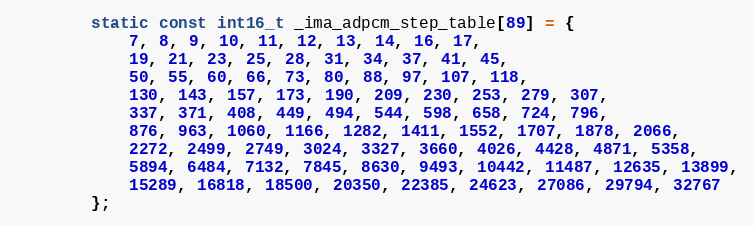
Language: C
		static const int16_t _ima_adpcm_step_table[89] = {
			7, 8, 9, 10, 11, 12, 13, 14, 16, 17,
			19, 21, 23, 25, 28, 31, 34, 37, 41, 45,
			50, 55, 60, 66, 73, 80, 88, 97, 107, 118,
			130, 143, 157, 173, 190, 209, 230, 253, 279, 307,
			337, 371, 408, 449, 494, 544, 598, 658, 724, 796,
			876, 963, 1060, 1166, 1282, 1411, 1552, 1707, 1878, 2066,
			2272, 2499, 2749, 3024, 3327, 3660, 4026, 4428, 4871, 5358,
			5894, 6484, 7132, 7845, 8630, 9493, 10442, 11487, 12635, 13899,
			15289, 16818, 18500, 20350, 22385, 24623, 27086, 29794, 32767
		};